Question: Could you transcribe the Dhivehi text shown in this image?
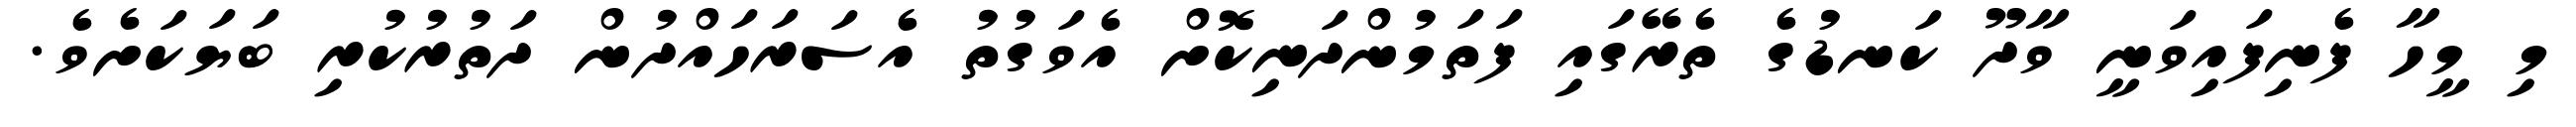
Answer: މި މީހާ ފެނިފައިވަނީ ވާދޫ ކަނޑުގެ ތެރޭގައި ފަތަމުންދަނިކޮށް އެވަގުތު އެސަރަހައްދުން ދަތުރުކުރި ބަޔަކަށެވެ.